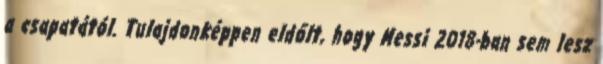
a csapatától. Tulajdonképpen eldőlt, hogy Messi 2018-ban sem lesz